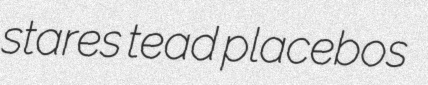
stares tead placebos